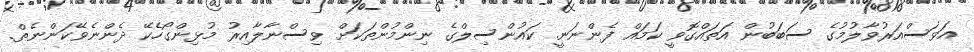
އަވަސްއަރުވާލުމުގެ ސަބަބުން އަތައްގޮވީ ކަމައް ފެންނަނީ. ކައުންސިލްގެ ނިންމުންތަކަށް ވިސްނާލާއިރު މުޅިންގޯހެކޭ ދެންނެވޭކަންނެތް.